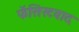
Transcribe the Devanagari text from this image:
फॅसिस्टवाद